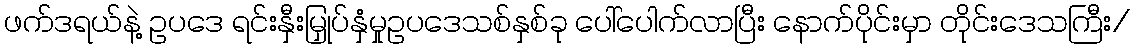
ဖက်ဒရယ်နဲ့ ဥပဒေ ရင်းနှီးမြှုပ်နှံမှုဥပဒေသစ်နှစ်ခု ပေါ်ပေါက်လာပြီး နောက်ပိုင်းမှာ တိုင်းဒေသကြီး/